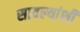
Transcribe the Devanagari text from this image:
सावल्यांशी